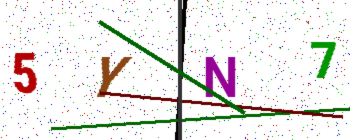
Text: 5YN7